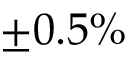
\pm 0 . 5 \%